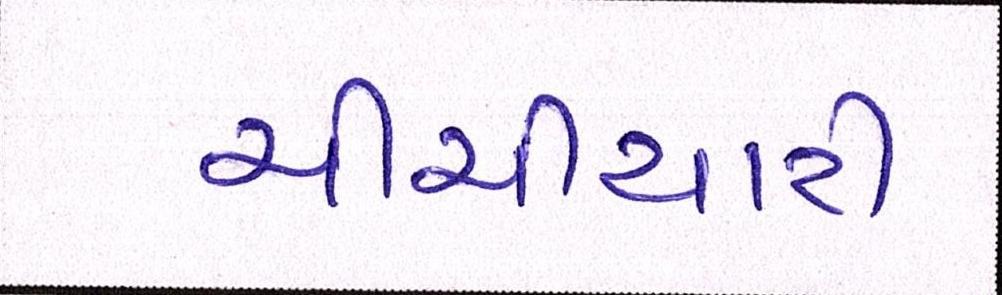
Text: ચીચીયારી